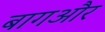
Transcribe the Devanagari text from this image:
बागऔर